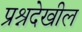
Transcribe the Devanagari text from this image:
प्रश्नदेखील